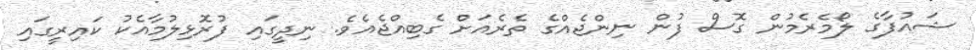
ޝައުފާގެ ލޯމެރެމުން ގޮސް ފުން ނިންޖެއްގެ ތެރެއަށް ގެބިއްޖެއެވެ. ނިދީގައި ފުރޮޅިލުމާއެކު ކައިރީގައި